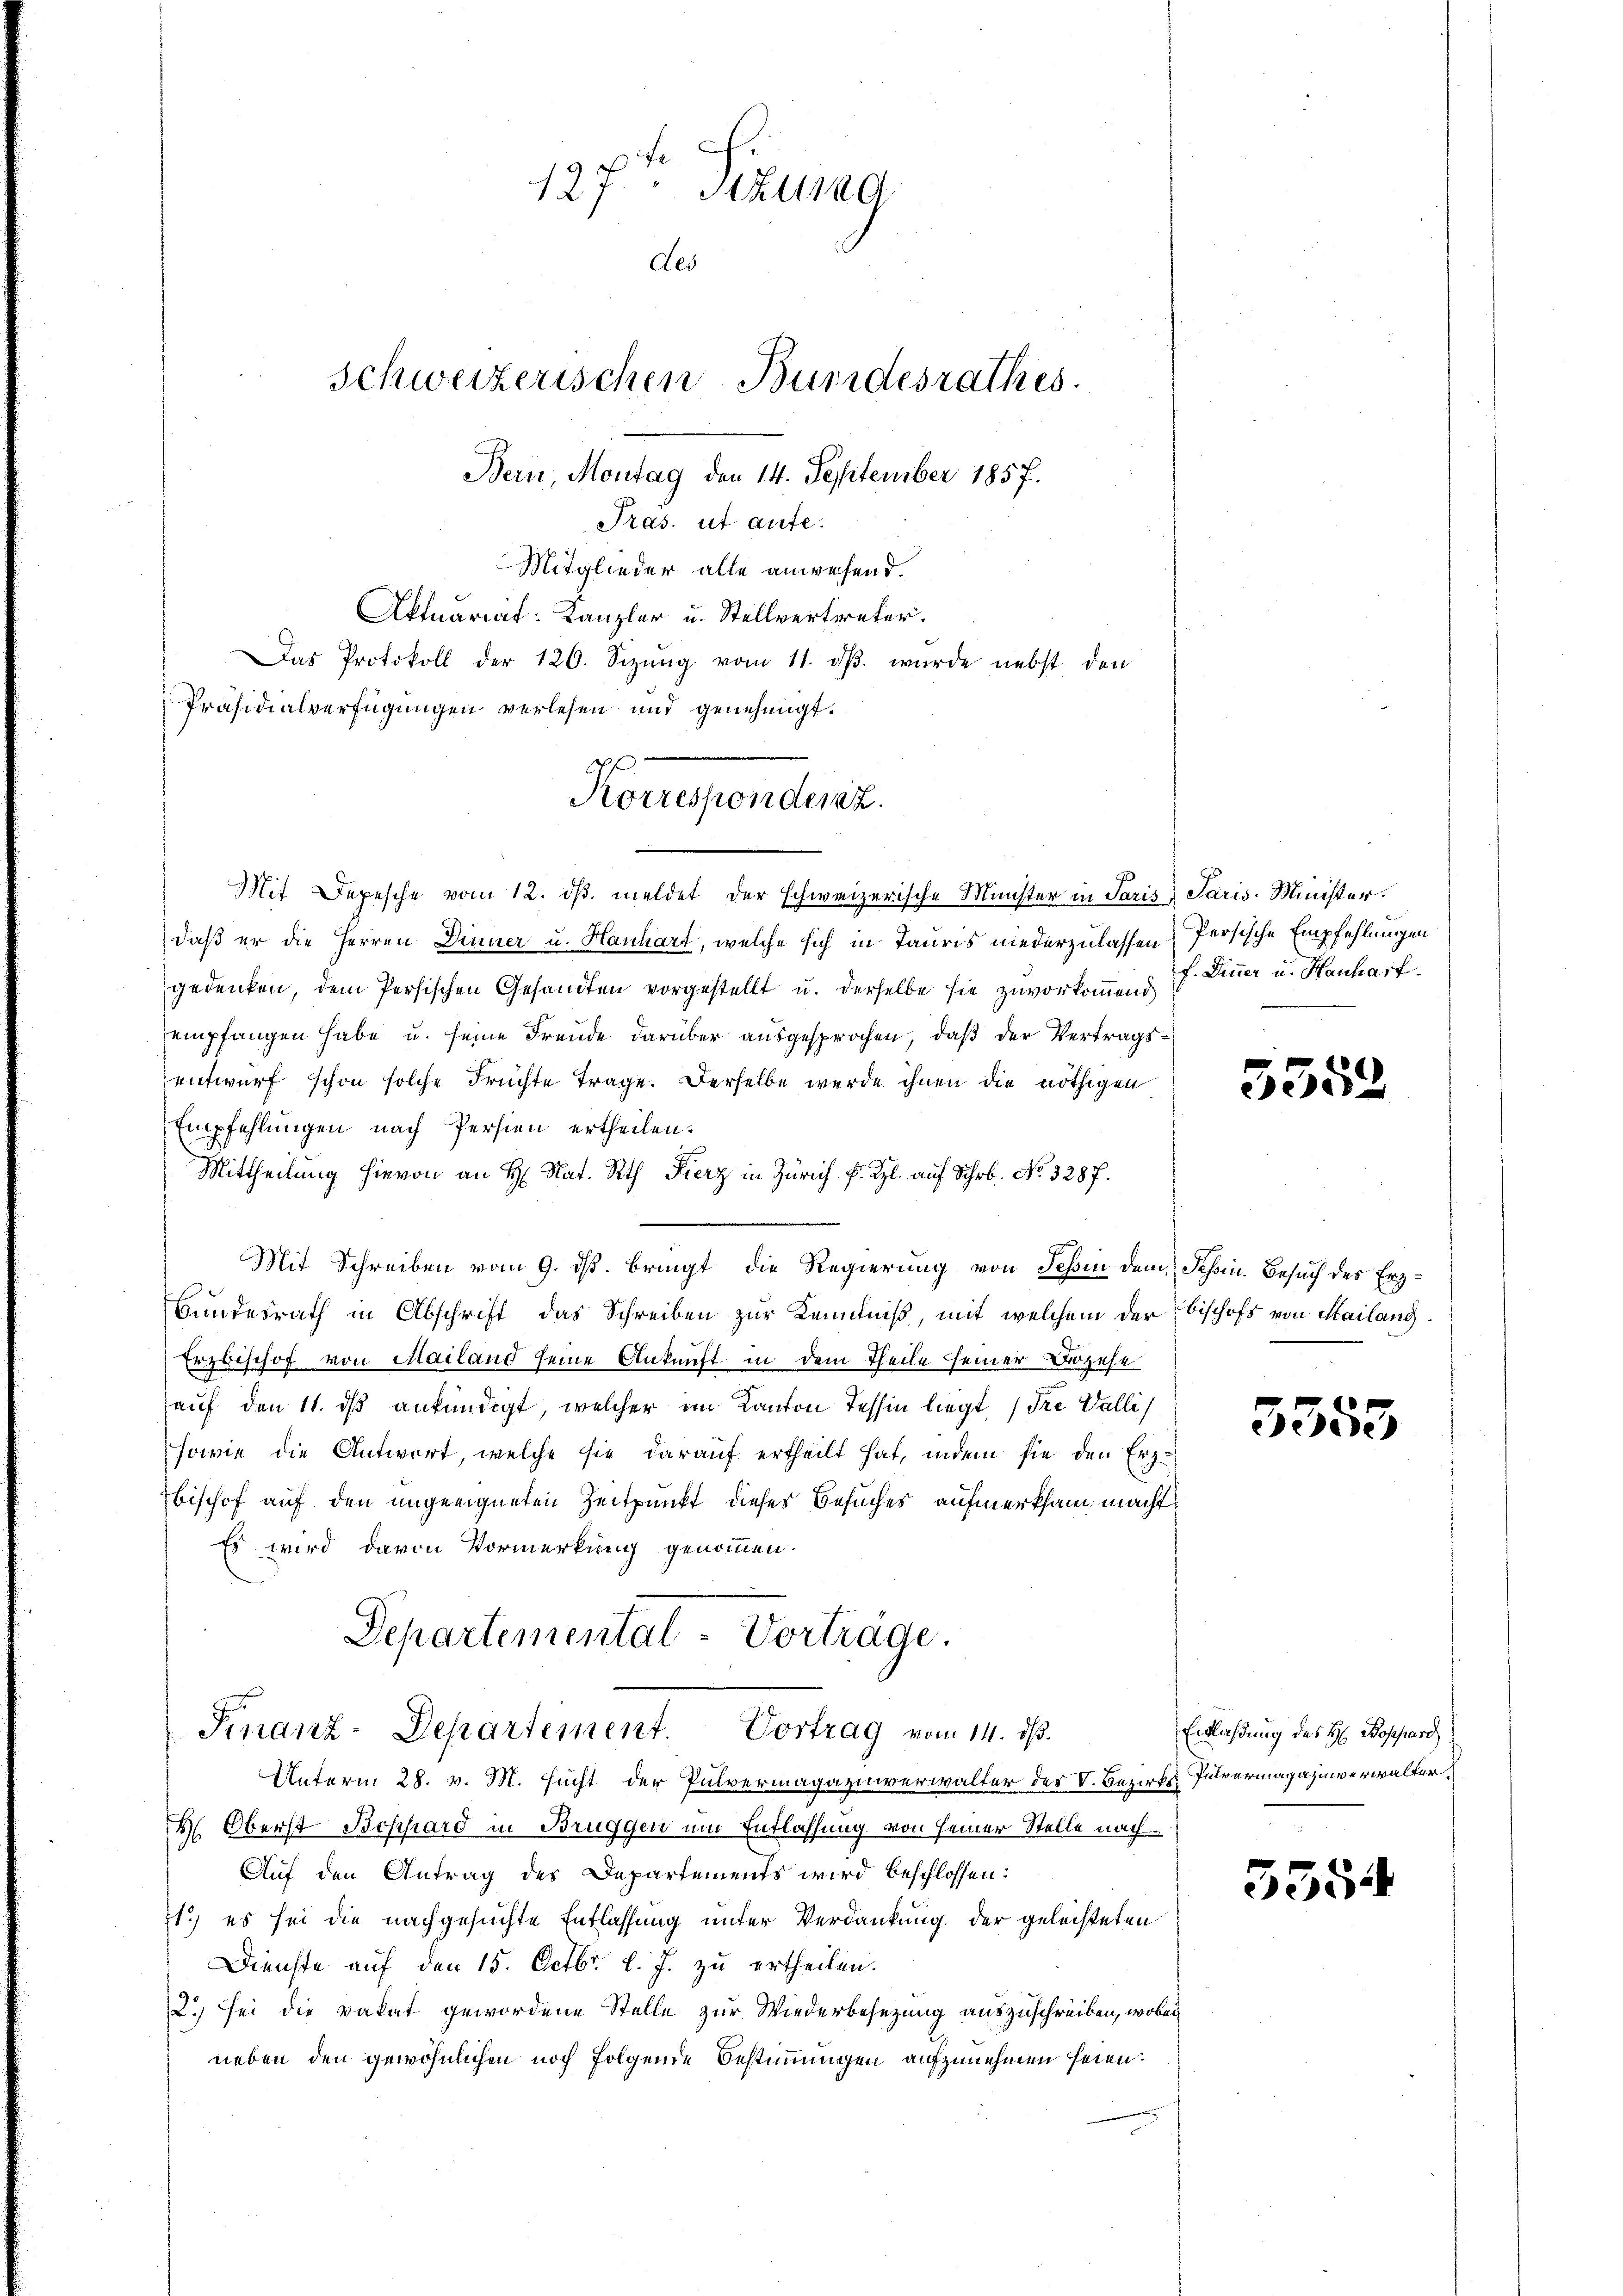
Mitglieder alle anwesend.
Aktuariat: Kanzler u. Stellvertreter.
Das Protokoll der 120. Sizŭng vom 11. dβ. wurde nebst den
Präsidialverfügungen verlesen und genehmigt.
Mit Depesche vom 12. dβ. meldet der schweizerische Minister in Paris Paris-Minister.
daß er die Herren Deiner u. Hanhart, welche sich in Tauris niederzulassen
gedenken, dem Persischen Gesandten vorgestellt u. derselbe sie zuvorkommend
empfangen habe u. seine Freude darüber ausgesprochen, daß der Vertragsentwurf schon solche Früchte Frage. Derselbe wurde ihnen die nöthigen
Empfehlungen nach Persien ertheilen.
Mittheilung hievon an H. Nat. Rath Fierz in Zürich f. Kl. auf Schr. No. 3287.
Mit Schreiben vom 9. ds. bringt die Regierung von Schin dem Schin. Besuch des Erz¬
Bundesrath in Abschrift das Schreiben zur Kenntniß, mit welchem der Bischofs von Mailang
Erzbischof von Mailand seine Ankunft in dem Theile seiner Bözese
auf den 11. dß ankündigt, welcher im Kanton Tessin liegt (Ire Walli
sowie die Antwort, welche sie darauf ertheilt hat, indem sie den Erz
Bischof auf den ungeeigneten Zeitpunkt dieses Besuches aufmerksam macht
Es wird davon Vormerkung genommen.

127 Sizung
des
Schweizerischen Bundesrathes.
Bern, Montag den 14. September 1857.
Pras. ut aute.

Af.
Korrespondenz.

Departemental-Vorträge.
Finanz-Departement. Vortrag vom 14. ds.

Unterm 28. v. M. sucht der Pulvermagazinverwalter des V. Bezirks- Pulvermagazinverwalter¬
H. Oberst Boßhard in Brüggen um Entlassung von seiner Stelle nach
Auf den Antrag des Departements wird beschlossen:
1) es sei die nachgesuchte Entlassung unter Verdankung der geleisteten
Dienste auf den 15. Octbr. l. J. zu ertheilen.
2.) Sei die vakat gewordene Stelle zur Wiederbesezung auszuschreiben, wobei
neben den gewöhnlichen noch folgende Bestimmungen aufzunehmen seien:

Persische Empfehlungen.
f. Diner u. Hanhart.

3352

5353

Entlaßung des H. Bossard

5554